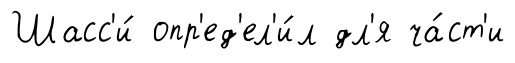
Шасс'и́ опр'ед'ел'и́л дл'я ча́ст'и